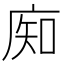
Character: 𰏺